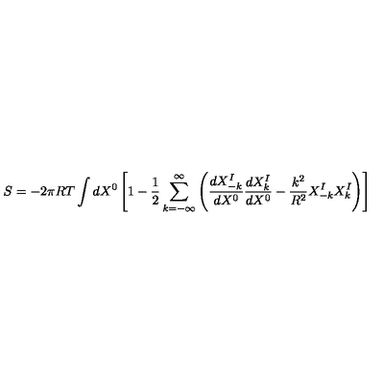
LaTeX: S = - 2 \pi R T \int d X ^ { 0 } \left[ 1 - { \frac { 1 } { 2 } } \sum _ { k = - \infty } ^ { \infty } \left( { \frac { d X _ { - k } ^ { I } } { d X ^ { 0 } } } { \frac { d X _ { k } ^ { I } } { d X ^ { 0 } } } - { \frac { k ^ { 2 } } { R ^ { 2 } } } X _ { - k } ^ { I } X _ { k } ^ { I } \right) \right]